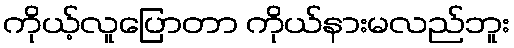
ကိုယ့်လူပြောတာ ကိုယ်နားမလည်ဘူး